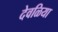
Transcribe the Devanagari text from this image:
देवळिया